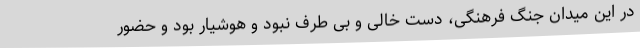
در این میدان جنگ فرهنگی، دست خالی و بی طرف نبود و هوشیار بود و حضور